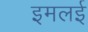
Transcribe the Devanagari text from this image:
इमलई